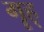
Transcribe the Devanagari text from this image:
गॄह्